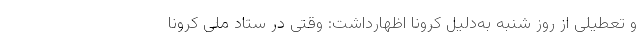
و تعطیلی از روز شنبه به‌دلیل کرونا اظهارداشت: وقتی در ستاد ملی کرونا